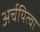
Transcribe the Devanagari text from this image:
अर्चयित्वा